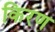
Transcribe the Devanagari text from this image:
किरण